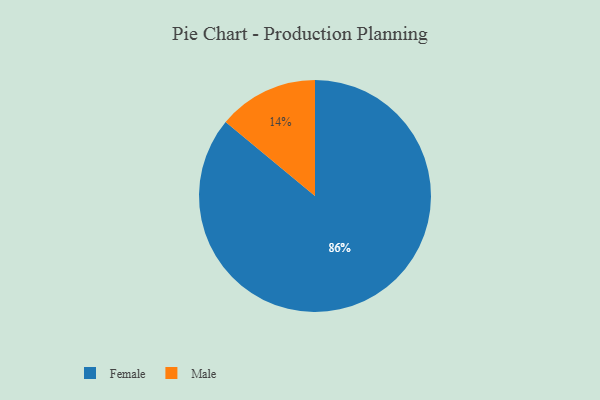
{"axis": {"x": "Category", "y": "Percentage"}, "legend": ["Female", "Male"], "data": [{"x": "Male", "y": 14, "type": "Male"}, {"x": "Female", "y": 86, "type": "Female"}]}